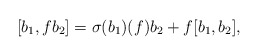
\begin{align*}[b_1,fb_2] = \sigma(b_1)(f)b_2 + f[b_1,b_2],\end{align*}